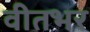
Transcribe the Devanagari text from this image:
वीतभर